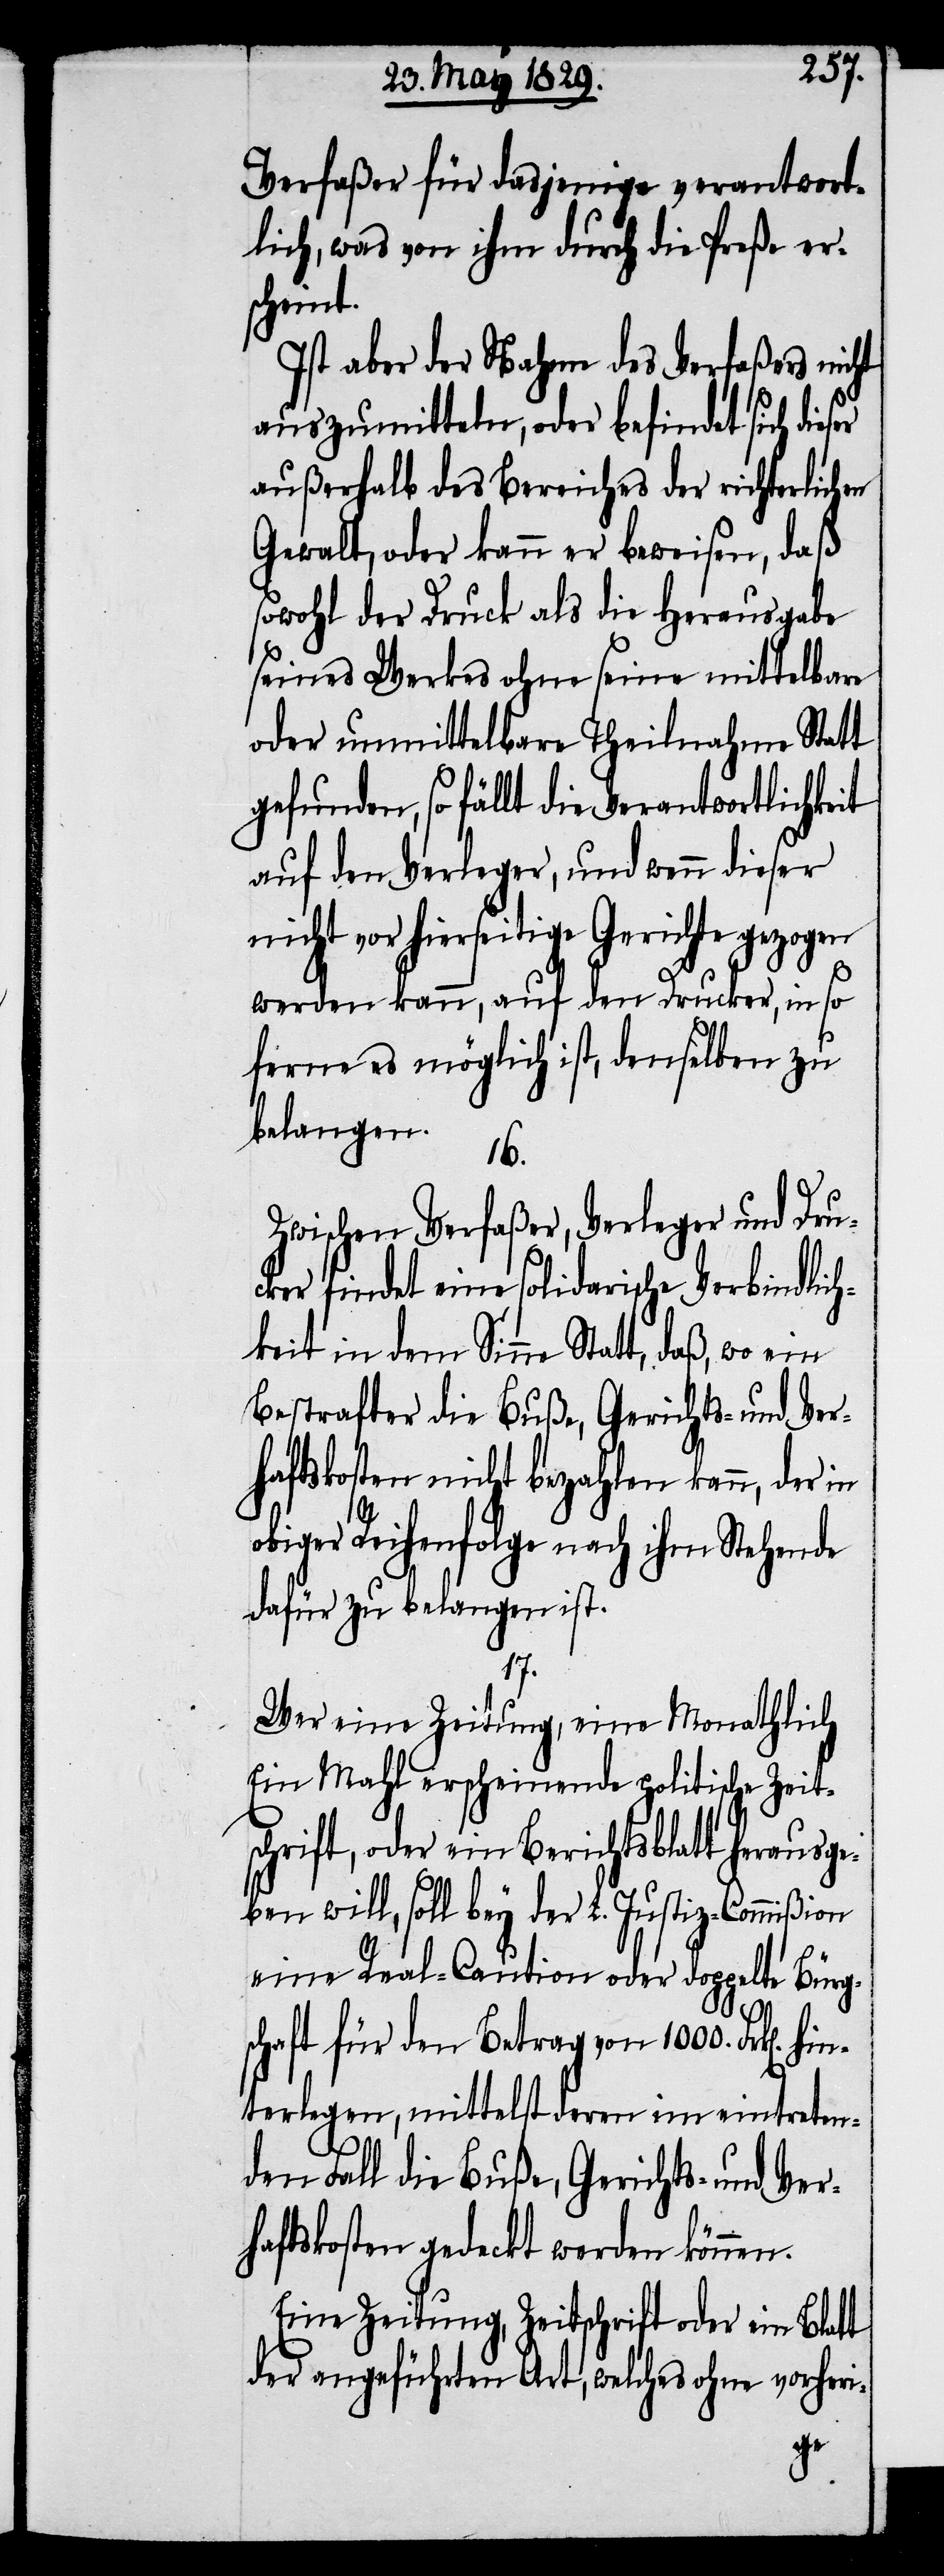
Verfaßer für dasjenige verantwort¬
lich, was von ihm durch die Preße er¬
scheint.
Ist aber der Nahme des Verfaßers nicht
auszumitteln, oder befindet sich dies¬
außerhalb des Bereiches der richterlichen
Gewalt, oder kann er beweisen, daß
sowohl der Druck als die Herausgabe
seines Werkes ohne seine mittelbare
oder unmittelbare Theilnahme Statt
gefunden, so fällt die Verantwortlichkeit
auf den Verleger, und wenn dieser
nicht vor hierseitige Gerichte gezogen
werden kann, auf den Drucker, in so
ferne es möglich ist, denselben zu
belangen.
16.
Zwischen Verfaßer, Verleger und Dru¬
cker findet eine solidarische Verbindlich¬
keit in dem Sinne Statt, daß, wo ein
Bestrafter die Buße, Gerichts- und Ver¬
haftskosten nicht bezahlen kann, der in
obiger Reihenfolge nach ihm Stehende
dafür zu belangen ist.
t
Wer eine Zeitung, eine Monathlich
Ein Mahl erscheinende politische Zeit¬
schrift, oder ein Berichtsblatt herausge¬
ben will, soll bey der L. Justiz-Commißion
eine Real-Caution oder doppelte Bürg¬
schaft für den Betrag von 1000. Frk[en].
hinterlegen, mittelst deren im eintreten¬
den Fall die Buße, Gerichts- und Ver¬
haftskosten gedeckt werden können.
Eine Zeitung, Zeitschrift oder ein Blat¬
der angeführten Art, welches ohne vorheri-